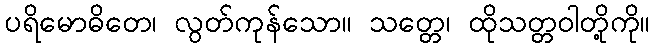
ပရိမောဓိတေ၊ လွတ်ကုန်သော။ သတ္တေ၊ ထိုသတ္တဝါတို့ကို။